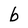
Character: b